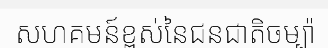
សហគមន៍ខ្ពស់នៃជនជាតិចម្ប៉ា